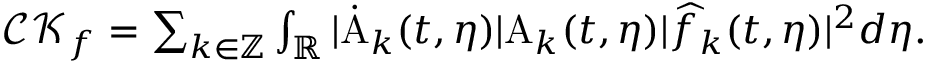
\begin{array} { r } { \mathcal { C K } _ { f } = \sum _ { k \in \mathbb { Z } } \int _ { \mathbb { R } } | \dot { \mathrm { A } } _ { k } ( t , \eta ) | \mathrm { A } _ { k } ( t , \eta ) | \widehat { f } _ { k } ( t , \eta ) | ^ { 2 } d \eta . } \end{array}